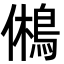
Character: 鵂